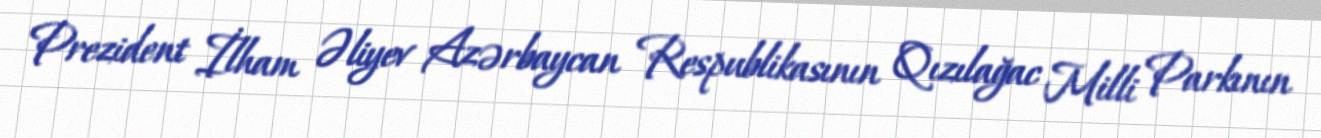
Prezident İlham Əliyev Azərbaycan Respublikasının Qızılağac Milli Parkının